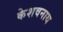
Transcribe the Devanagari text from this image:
केशवनाथ